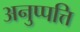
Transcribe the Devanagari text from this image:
अनुप्पत्ति